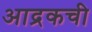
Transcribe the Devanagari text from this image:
आद्रकची